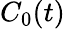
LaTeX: C_{0}(t)